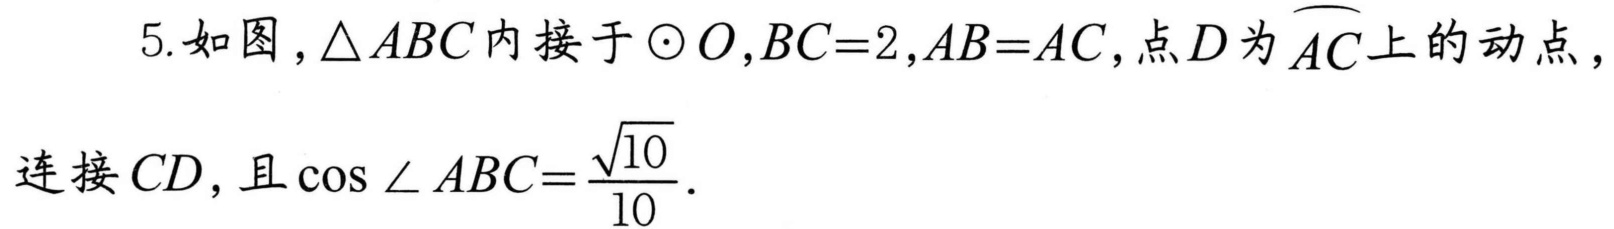
5. 如图，\(\triangle ABC\)内接于\(\odot O\)，\(BC = 2\)，\(AB = AC\)，点\(D\)为\(\overset{\frown}{AC}\)上的动点，连接\(CD\)，且\(\cos\angle ABC=\dfrac{\sqrt{10}}{10}\).